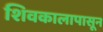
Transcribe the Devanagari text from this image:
शिवकालापासून